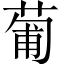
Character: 葡